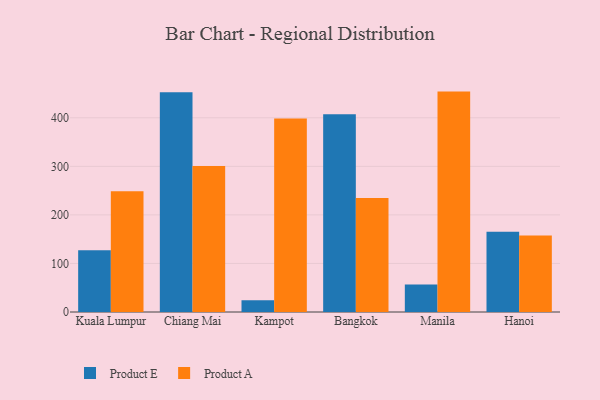
{"axis": {"x": "City", "y": "Energy Usage (MWh)"}, "legend": ["Product A", "Product E"], "data": [{"x": "Kuala Lumpur", "y": 127.4, "type": "Product E"}, {"x": "Kuala Lumpur", "y": 248.9, "type": "Product A"}, {"x": "Chiang Mai", "y": 452.8, "type": "Product E"}, {"x": "Chiang Mai", "y": 300.8, "type": "Product A"}, {"x": "Kampot", "y": 24.3, "type": "Product E"}, {"x": "Kampot", "y": 398.5, "type": "Product A"}, {"x": "Bangkok", "y": 407.1, "type": "Product E"}, {"x": "Bangkok", "y": 234.6, "type": "Product A"}, {"x": "Manila", "y": 56.5, "type": "Product E"}, {"x": "Manila", "y": 453.9, "type": "Product A"}, {"x": "Hanoi", "y": 165.4, "type": "Product E"}, {"x": "Hanoi", "y": 157.4, "type": "Product A"}]}